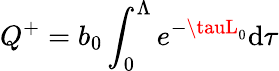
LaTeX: Q^{+}=b_{0}\int_{0}^{\Lambda}e^{-\tauL_{0}}\mathrm{d}\tau